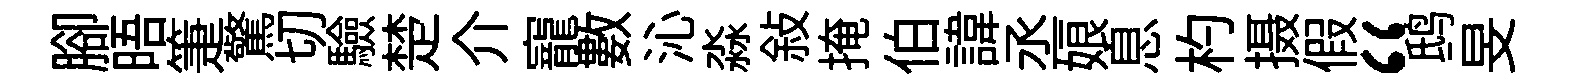
腳晤箑驚切驗楚介寵數沁淼敍掩伯諱丞娘息杓摄假“鸱旻